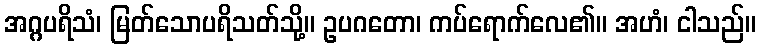
အဂ္ဂပရိသံ၊ မြတ်သောပရိသတ်သို့။ ဥပဂတော၊ ကပ်ရောက်လေ၏။ အဟံ၊ ငါသည်။